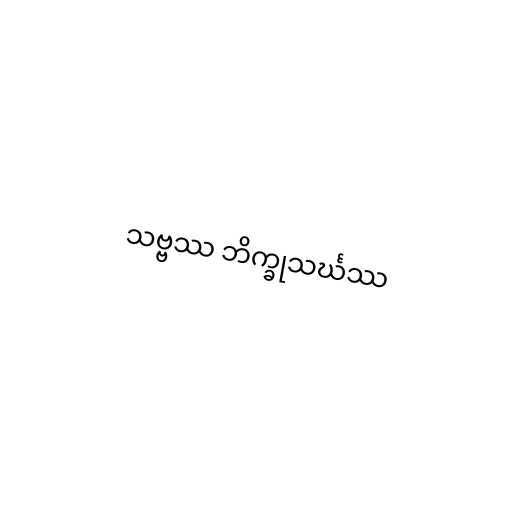
သဗ္ဗဿ ဘိက္ခုသင်္ဃဿ